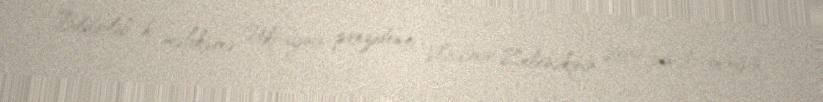
Bildirilib ki, məhkəmə Ukrayna prezidenti Vladimir Zelenskinin 2019-cu il mayın